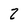
Character: 2